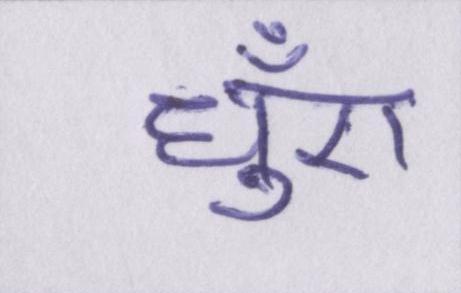
धुँए